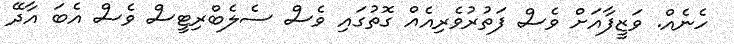
ހެނެއް. ވަޒީފާއަށް ވެސް ފަތުރުވެރިއެއް ގޮތުގައި ވެސް ސެލެބްރިޓީސް ވެސް އެބަ އާދޭ